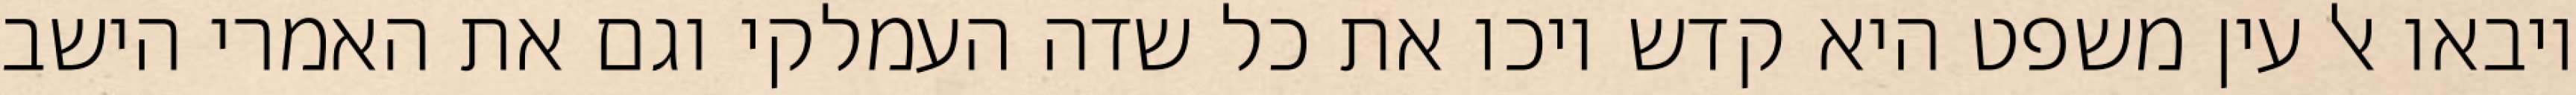
ויבאו אל עין משפט היא קדש ויכו את כל שדה העמלקי וגם את האמרי הישב